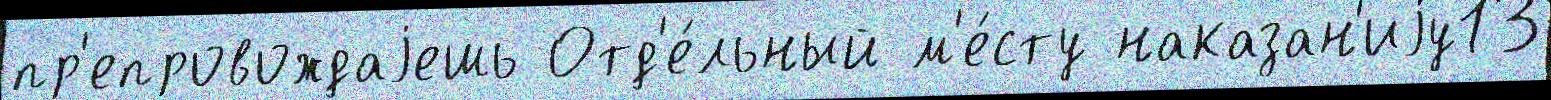
пр'епровождаjешь Отд'е́льный м'е́сту наказан'иjу13